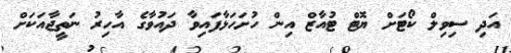
އަދި ސިވިލް ކޯޓަށް ޔޮޓް ޓުއާޒް އިން ހުށަހަޅާފައިވާ ދައުވާގެ އާހިރު ނަތީޖާއަކަށް